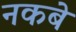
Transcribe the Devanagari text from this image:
नकबे